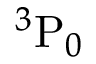
{ } ^ { 3 } \mathrm { P } _ { 0 }